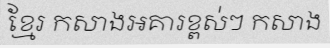
ខ្មែរ កសាងអគារខ្ពស់ៗ កសាង